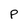
Character: P